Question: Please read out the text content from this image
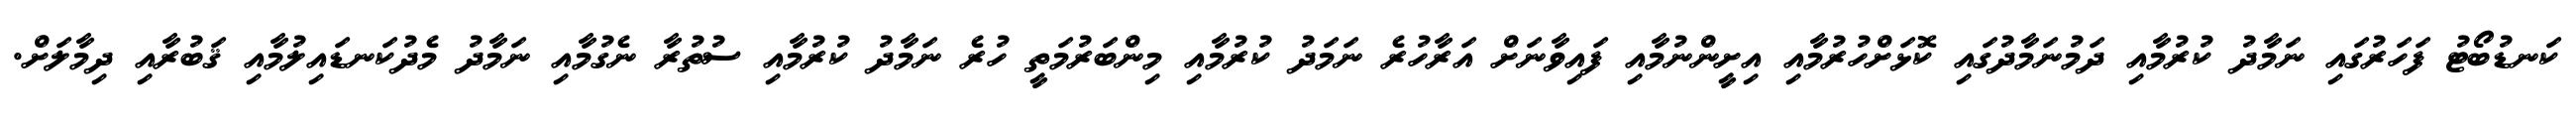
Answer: ކަނޑުބޯޓު ފަހަރުގައި ނަމާދު ކުރުމާއި ދަމުނަމާދުގައި ކޮޅަށްހުރުމާއި އިށީންނުމާއި ފައިވާނަށް އަރާހުރެ ނަމަދު ކުރުމާއި މިންބަރުމަތީ ހުރެ ނަމާދު ކުރުމާއި ސުތުރާ ނެގުމާއި ނަމާދު މެދުކަނޑައިލުމާއި ޤަބުރާއި ދިމާލަށް.